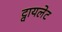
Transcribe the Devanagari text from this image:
ट्वायलेट